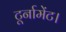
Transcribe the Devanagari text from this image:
टूर्नामेंट।